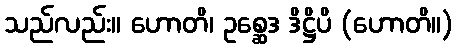
သည်လည်း။ ဟောတိ၊ ဥစ္ဆေဒ ဒိဋ္ဌိပိ (ဟောတိ။)